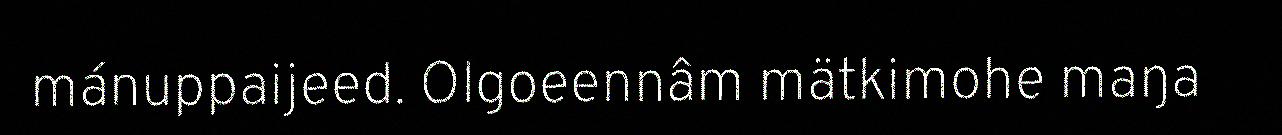
mánuppaijeed. Olgoeennâm mätkimohe maŋa